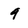
Character: 9